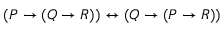
( P \to ( Q \to R ) ) \leftrightarrow ( Q \to ( P \to R ) )